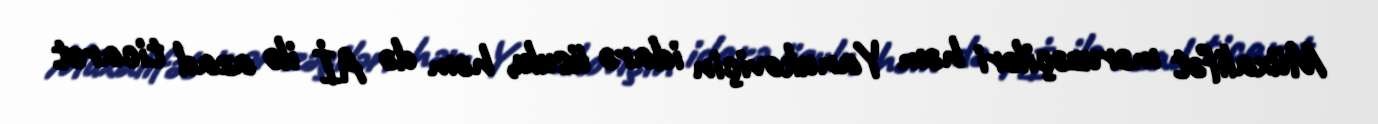
Müxalifət məruzəçiləri həm Yanukoviçin idarə üsulu, həm də Aİ ilə azad ticarət